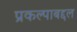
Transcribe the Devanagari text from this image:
प्रकल्पाबद्दल